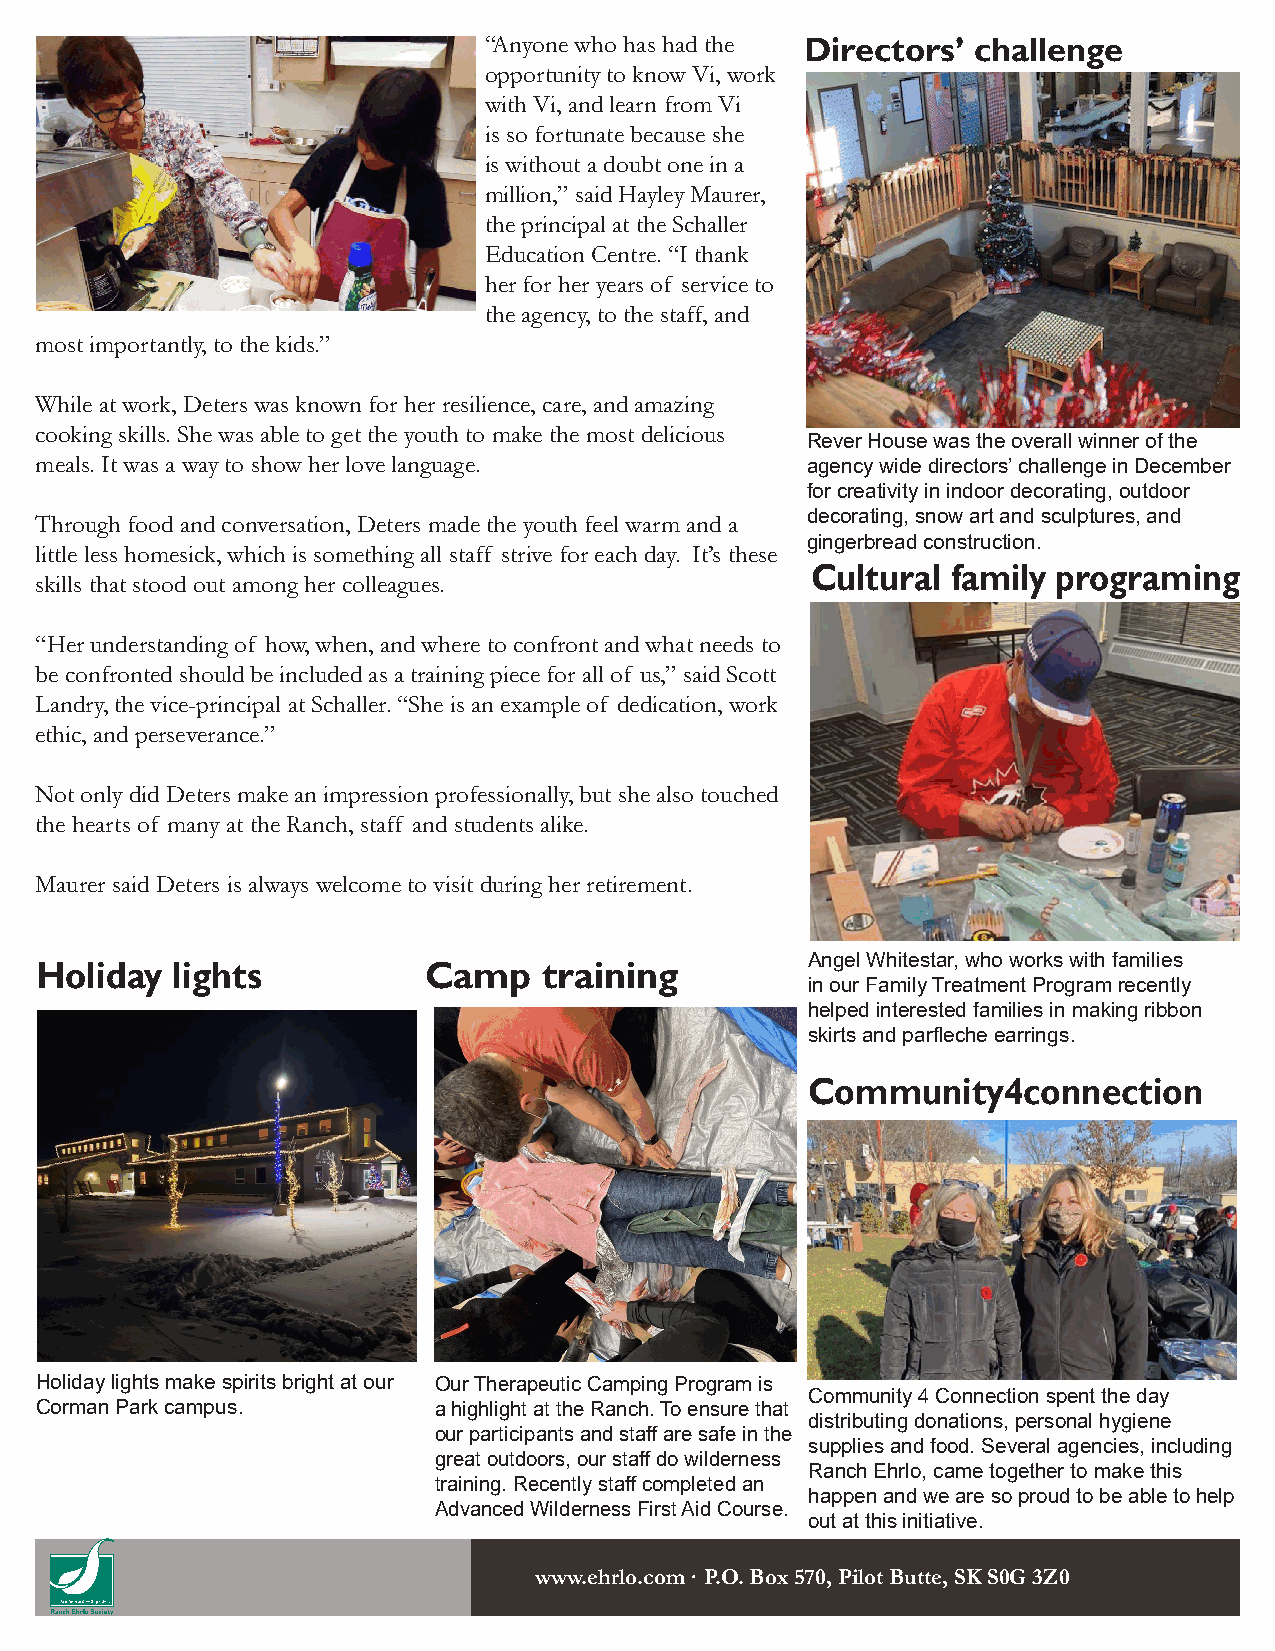
“Anyone who has had the Directors’ challenge
 opportunity to know Vi, work
 with Vi, and learn from Vi
 is so fortunate because she
 is without a doubt one in a
 million,” said Hayley Maurer,
 the principal at the Schaller
 Education Centre. “I thank
 her for her years of service to
 the agency, to the staff, and
 most importantly, to the kids.”
 While at work, Deters was known for her resilience, care, and amazing
 cooking skills. She was able to get the youth to make the most delicious
 Rever House was the overall winner of the
 meals. It was a way to show her love language.     agency wide directors’ challenge in December
 for creativity in indoor decorating, outdoor
 Through food and conversation, Deters made the youth feel warm and a decorating, snow art and sculptures, and
 gingerbread construction.
 little less homesick, which is something all staff strive for each day. It’s these
 Cultural family programing
 skills that stood out among her colleagues.
 “Her understanding of how, when, and where to confront and what needs to
 be confronted should be included as a training piece for all of us,” said Scott
 Landry, the vice-principal at Schaller. “She is an example of dedication, work
 ethic, and perseverance.”
 Not only did Deters make an impression professionally, but she also touched
 the hearts of many at the Ranch, staff and students alike.
 Maurer said Deters is always welcome to visit during her retirement.
 Angel Whitestar, who works with families
 Holiday  lights           Camp    training
 in our Family Treatment Program recently
 helped interested families in making ribbon
 skirts and parfleche earrings.
 Community4connection
 Holiday lights make spirits bright at our Our Therapeutic Camping Program is
 Community 4 Connection spent the day
 Corman Park campus.        a highlight at the Ranch. To ensure that
 distributing donations, personal hygiene
 our participants and staff are safe in the
 supplies and food. Several agencies, including
 great outdoors, our staff do wilderness
 Ranch Ehrlo, came together to make this
 training. Recently staff completed an
 happen and we are so proud to be able to help
 Advanced Wilderness First Aid Course.
 out at this initiative.
 www.ehrlo.comW ·a Pn.Ot t.o B roexc e5i7ve0 ,t Phiislo rte Bpuorttte b, yS Kem Sa0iGl? 3Z0